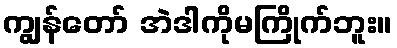
ကျွန်တော် အဲဒါကိုမကြိုက်ဘူး။